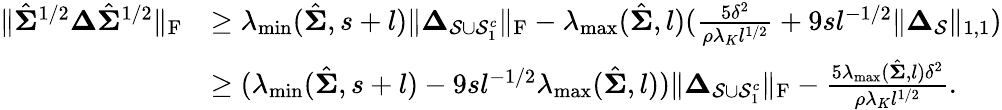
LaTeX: \begin{array}{rl}{\| \hat{\boldsymbol{\Sigma}}^{1/2}\boldsymbol{\Delta}\hat{\boldsymbol{\Sigma}}^{1/2}\| _{\mathrm{F}}}&{\geq\lambda_{\operatorname*{min}}(\hat{\boldsymbol{\Sigma}},s+l)\| \boldsymbol{\Delta}_{\mathcal{S}\cup\mathcal{S}_{1}^{c}}\| _{\mathrm{F}}-\lambda_{\operatorname*{max}}(\hat{\boldsymbol{\Sigma}},l)(\frac{5\delta^{2}}{\rho\lambda_{K}l^{1/2}}+9sl^{-1/2}\| \boldsymbol{\Delta}_{\mathcal{S}}\| _{1,1})}\\ &{\geq(\lambda_{\operatorname*{min}}(\hat{\boldsymbol{\Sigma}},s+l)-9sl^{-1/2}\lambda_{\operatorname*{max}}(\hat{\boldsymbol{\Sigma}},l))\| \boldsymbol{\Delta}_{\mathcal{S}\cup\mathcal{S}_{1}^{c}}\| _{\mathrm{F}}-\frac{5\lambda_{\operatorname*{max}}(\hat{\boldsymbol{\Sigma}},l)\delta^{2}}{\rho\lambda_{K}l^{1/2}}.}\end{array}